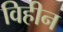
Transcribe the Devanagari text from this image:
विहीन